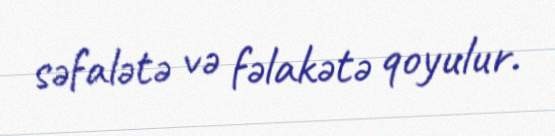
səfalətə və fəlakətə qoyulur.